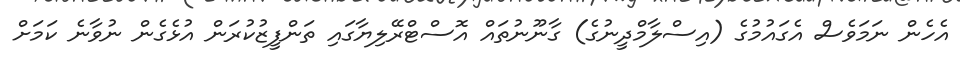
އެހެން ނަމަވެސް އެގައުމުގެ (އިސްލާމްދީނުގެ) ގާނޫނުތައް އޮސްޓްރޭލިޔާގައި ތަންފީޒުކުރަން އުޅެގެން ނުވާނެ ކަމަށް